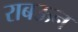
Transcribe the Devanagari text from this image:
राबऊन